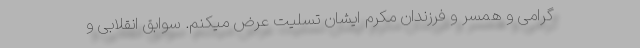
گرامی و همسر و فرزندان مکرم ایشان تسلیت عرض میکنم. سوابق انقلابی و